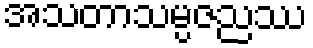
အသတာသမ္ပဇညဿ